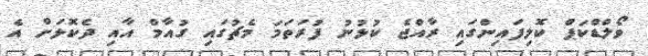
ވޯލްޑްކަޕް ކޮލިފައިންގައި ރާއްޖެ ކުޅުނު ފުރަތަމަ މެޗުގައި ގުއާމް އާއި ދެކޮޅަށް އެ